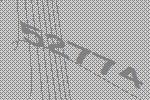
52774